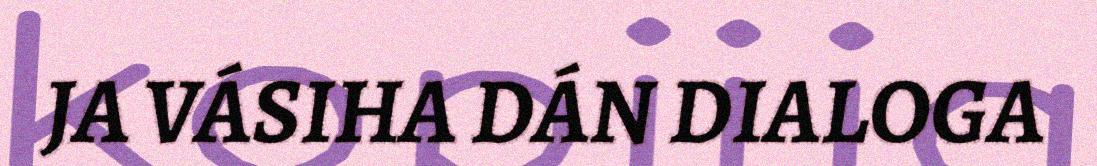
JA VÁSIHA DÁN DIALOGA